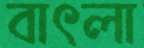
বাৎলা